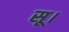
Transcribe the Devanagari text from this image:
सू।